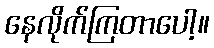
နေလိုက်ကြတာပေါ့။